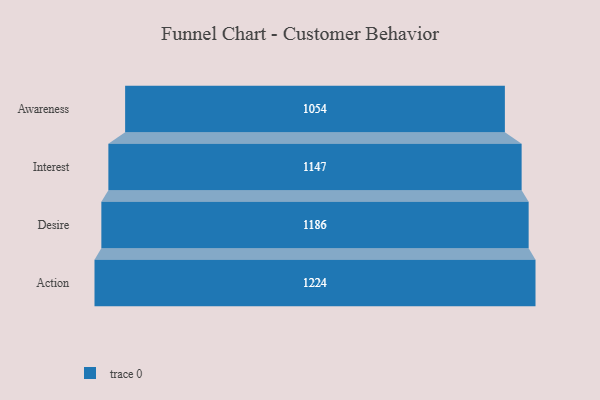
{"axis": {"x": "Stage", "y": "Value"}, "legend": [""], "data": [{"x": "Awareness", "y": 1054.0, "type": ""}, {"x": "Interest", "y": 1147.0, "type": ""}, {"x": "Desire", "y": 1186.0, "type": ""}, {"x": "Action", "y": 1224.0, "type": ""}]}